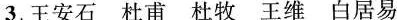
3. 王安石 杜甫 杜牧 王维 白居易